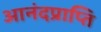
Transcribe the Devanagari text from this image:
आनंदप्राप्ति